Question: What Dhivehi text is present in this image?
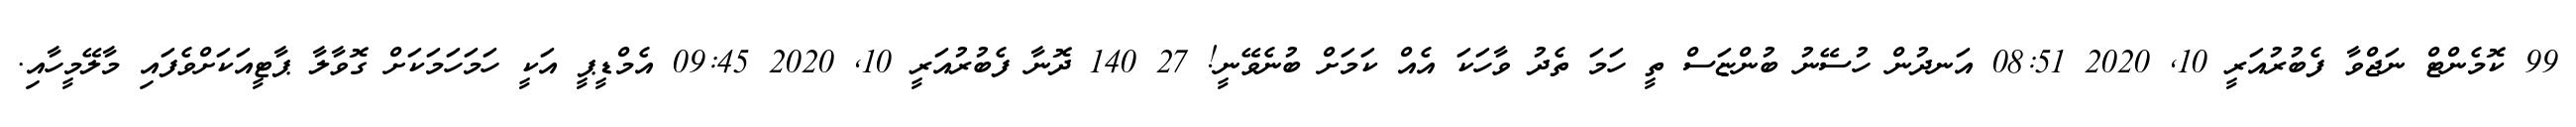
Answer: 99 ކޮމެންޓް ނަޖްވާ ފެބުރުއަރީ 10, 2020 08:51 އަނދުން ހުސޭނު ބުންޏަސް ތީ ހަމަ ތެދު ވާހަކަ އެއް ކަމަށް ބުނެވޭނީ! 27 140 ދޮނާ ފެބުރުއަރީ 10, 2020 09:45 އެމްޑީޕީ އަކީ ހަމަހަމަކަށް ގޮވާލާ ޕާޓީއަކަށްވެފައި މާލޭމީހާއި.